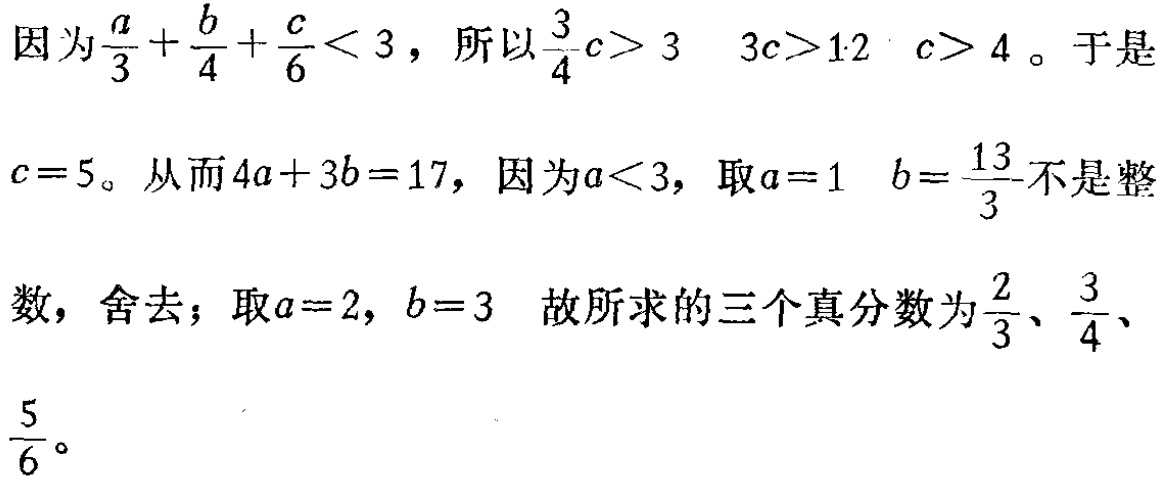
因为\(\frac{a}{3}+\frac{b}{4}+\frac{c}{6}<3\)，所以\(\frac{3}{4}c > 3\)  \(3c>12\) \(c > 4\)。于是\(c = 5\)。从而\(4a + 3b = 17\)，因为\(a<3\)，取\(a = 1\) \(b=\frac{13}{3}\)不是整数，舍去；取\(a = 2\)，\(b = 3\) 故所求的三个真分数为\(\frac{2}{3}\)、\(\frac{3}{4}\)、\(\frac{5}{6}\)。